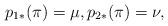
LaTeX: \begin{align*} p_{1*}(\pi)=\mu,p_{2*}(\pi)=\nu,\end{align*}